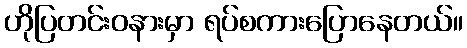
ဟိုပြတင်းဝနားမှာ ရပ်စကားပြောနေတယ်။